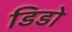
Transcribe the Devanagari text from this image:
डिडो